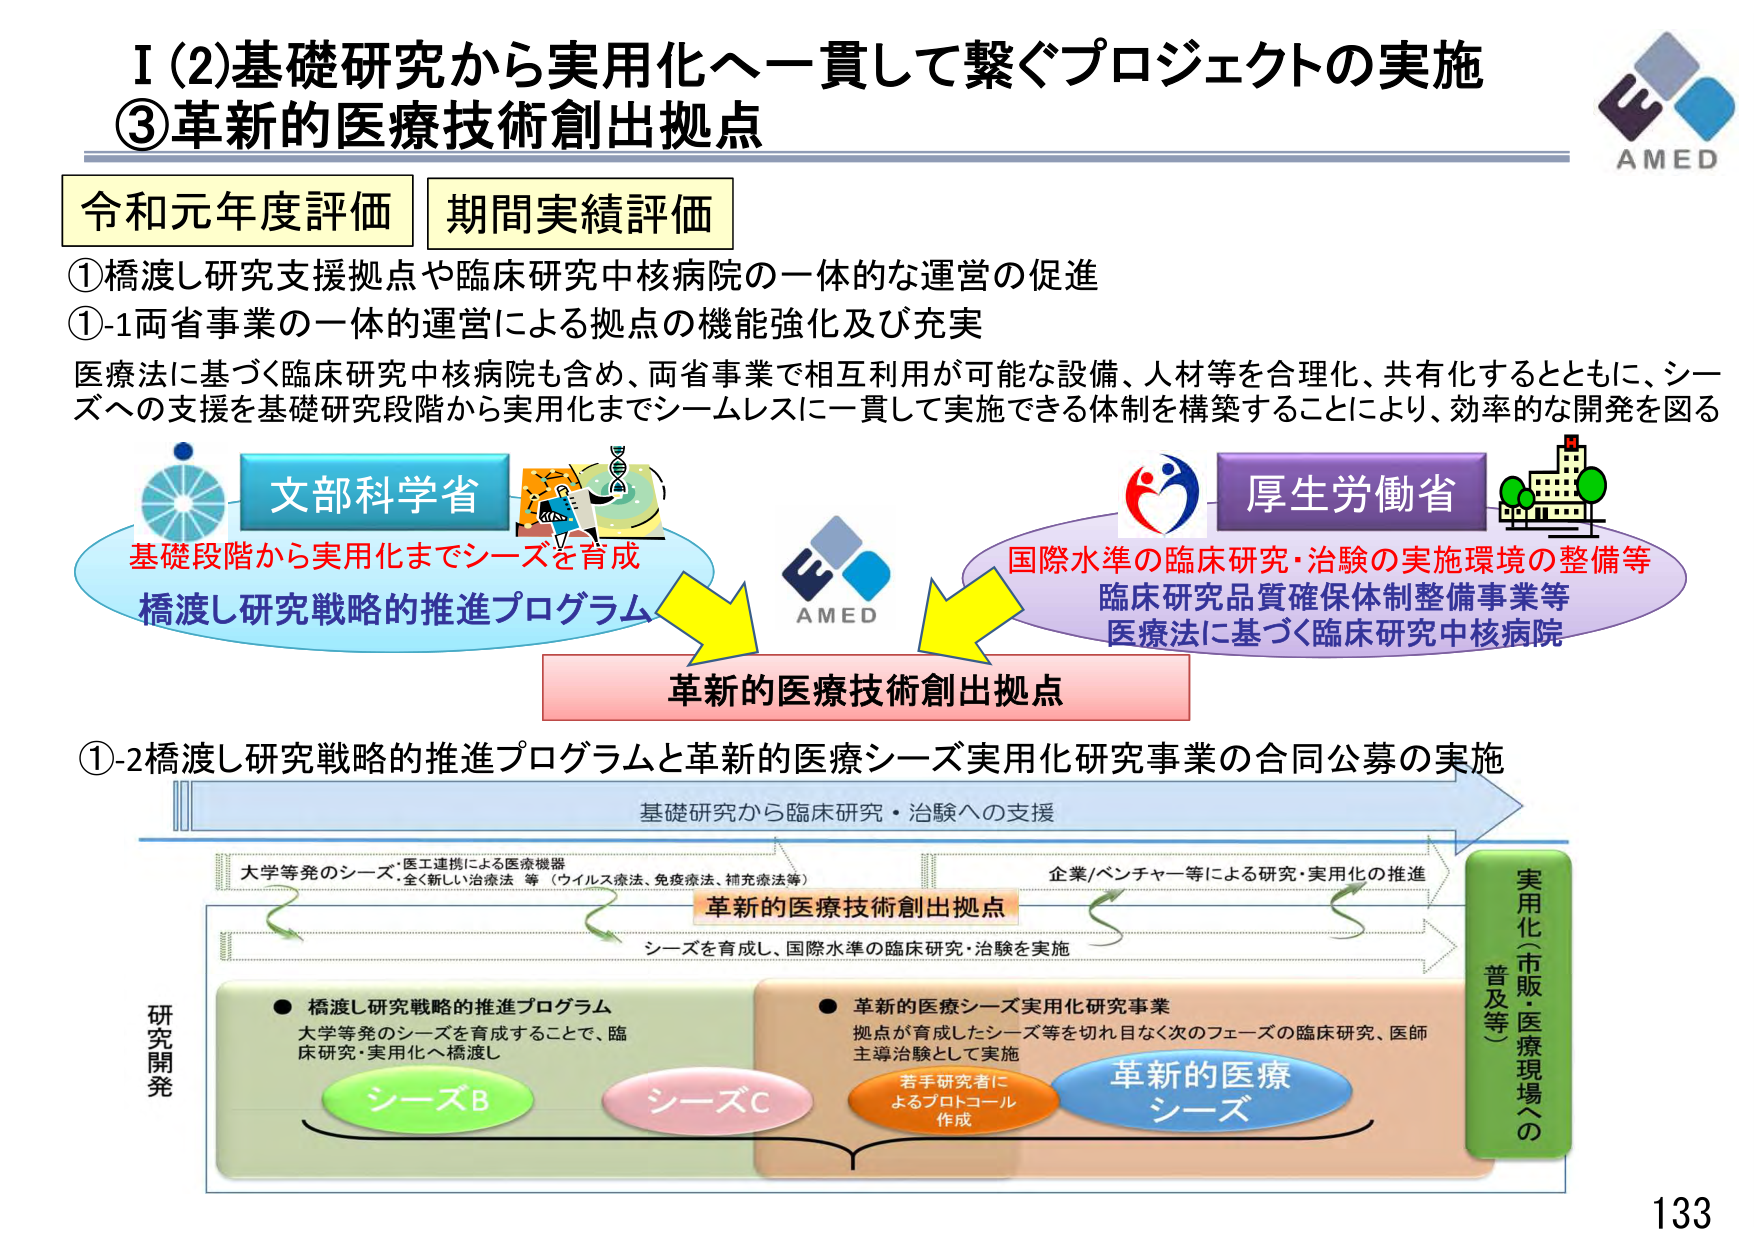
I (2)基礎研究から実用化へ一貫して繋ぐプロジェクトの実施
③革新的医療技術創出拠点

令和元年度評価 期間実績評価

①橋渡し研究支援拠点や臨床研究中核病院の一体的な運営の促進
①-1両省事業の一体的運営による拠点の機能強化及び充実
医療法に基づく臨床研究中核病院も含め、両省事業で相互利用が可能な設備、人材等を合理化、共有化するとともに、シーズへの支援を基礎研究段階から実用化までシームレスに一貫して実施できる体制を構築することにより、効率的な開発を図る

文部科学省
基礎段階から実用化までシーズを育成
橋渡し研究戦略的推進プログラム

AMED

厚生労働省
国際水準の臨床研究・治験の実施環境の整備等
臨床研究品質確保体制整備事業等
医療法に基づく臨床研究中核病院

革新的医療技術創出拠点

①-2橋渡し研究戦略的推進プログラムと革新的医療シーズ実用化研究事業の合同公募の実施

基礎研究から臨床研究・治験への支援

大学等発のシーズ・医工連携による医療機器
・全く新しい治療法 等（ウイルス療法、免疫療法、補充療法等）

企業/ベンチャー等による研究・実用化の推進

革新的医療技術創出拠点

シーズを育成し、国際水準の臨床研究・治験を実施

研究開発

● 橋渡し研究戦略的推進プログラム
大学等発のシーズを育成することで、臨床研究・実用化へ橋渡し
シーズB
シーズC

● 革新的医療シーズ実用化研究事業
拠点が育成したシーズ等を切れ目なく次のフェーズの臨床研究、医師主導治験として実施
若手研究者によるプロトコール作成
革新的医療シーズ

実用化（市販・医療現場への普及等）

AMED
133